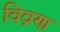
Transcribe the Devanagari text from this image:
विव्रण